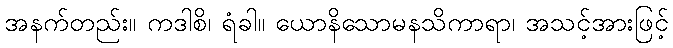
အနက်တည်း။ ကဒါစိ၊ ရံခါ။ ယောနိသောမနသိကာရာ၊ အသင့်အားဖြင့်